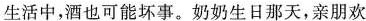
生活中，酒也可能坏事。奶奶生日那天，亲朋欢